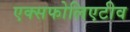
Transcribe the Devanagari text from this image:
एक्सफोलिएटीव